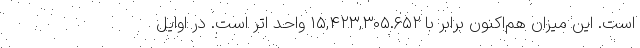
است. این میزان هم‌اکنون برابر با ۱۵,۴۲۳,۳۰۵.۶۵۲ واحد اتر است. در اوایل